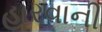
હારવાની